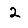
Digit: 2